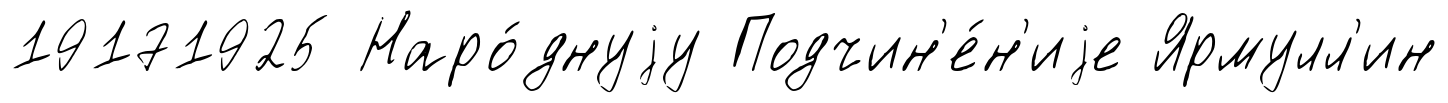
19171925 Наро́днуjу Подчин'е́н'иjе Ярмулл'ин